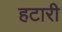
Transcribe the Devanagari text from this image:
हटारी